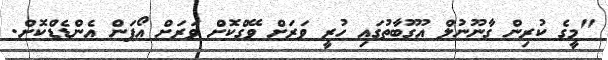
"މީގެ ކުރިން ގާނޫނުލް އުގޫބާތުގައި ހުރީ ވަރަށް ވޭގްކޮށް ވަރަށް އޯޕަން އެންޑެޑްކޮށް.